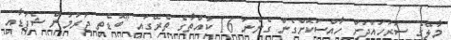
މާލޭގެ ސަރަހައްދަށް ހާއްސަކޮށްގެން ގެންނަ 16 ކުއްތާގެ ތެރޭގައި "ބޮޑެތި ޖަރުމަން ޝެޕަޑާއި